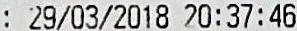
: 29/03/2018 20:37:46